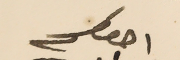
احوكم